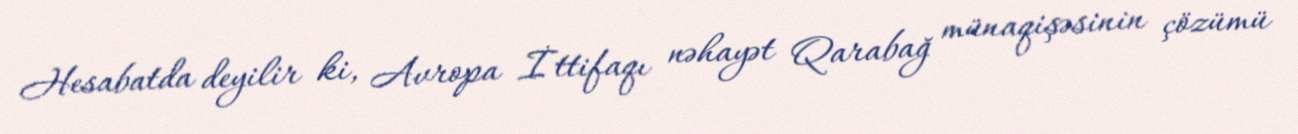
Hesabatda deyilir ki, Avropa İttifaqı nəhayət Qarabağ münaqişəsinin çözümü